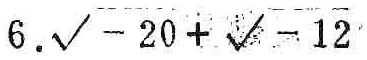
$6.\sqrt{-20}+\sqrt{-12}$